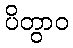
ပိတွာဝ